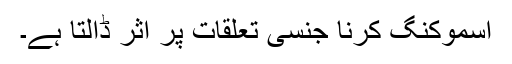
اسموکنگ کرنا جنسی تعلقات پر اثر ڈالتا ہے۔